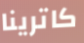
كاترينا